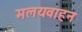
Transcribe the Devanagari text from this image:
मलयवाहन